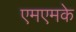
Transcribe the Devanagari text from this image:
एमएमके